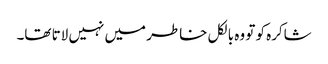
شاکرہ کو تو وہ بالکل خاطر میں نہیں لاتا تھا۔